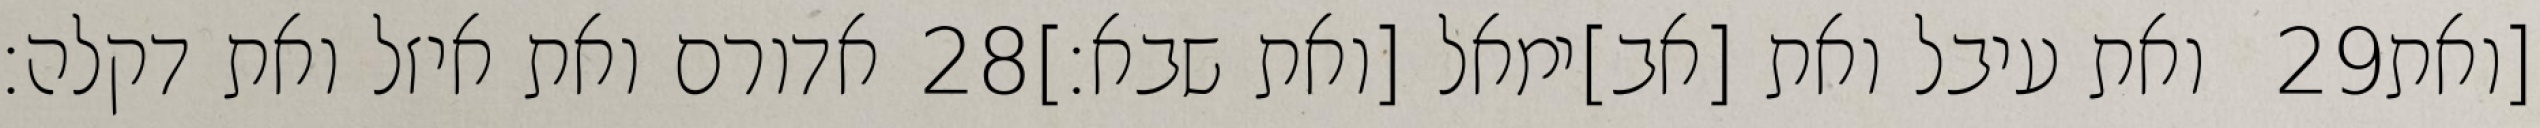
אדורם ואת איזל ואת דקלה׃ ‎28‏ ואת עיבל ואת [אב]ימאל [ואת שבא׃] ‎29‏ [ואת